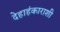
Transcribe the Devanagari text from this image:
देहाहंकाराशी